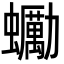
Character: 䘈